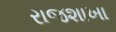
રાજશાખા